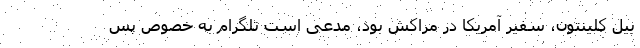
بیل کلینتون، سفیر آمریکا در مراکش بود، مدعی است تلگرام به خصوص پس